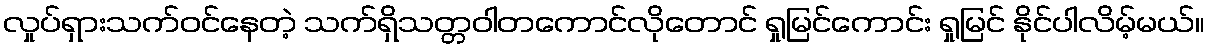
လှုပ်ရှားသက်ဝင်နေတဲ့ သက်ရှိသတ္တဝါတကောင်လိုတောင် ရှုမြင်ကောင်း ရှုမြင် နိုင်ပါလိမ့်မယ်။